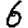
Digit: 6